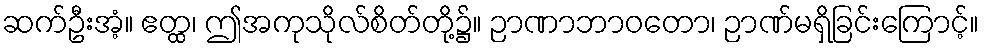
ဆက်ဦးအံ့။ ဧတ္ထ၊ ဤအကုသိုလ်စိတ်တို့၌။ ဉာဏာဘာဝတော၊ ဉာဏ်မရှိခြင်းကြောင့်။